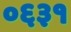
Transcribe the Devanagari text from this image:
०६३१